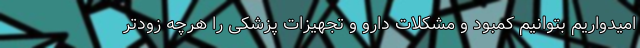
امیدواریم بتوانیم کمبود و مشکلات دارو و تجهیزات پزشکی را هرچه زودتر